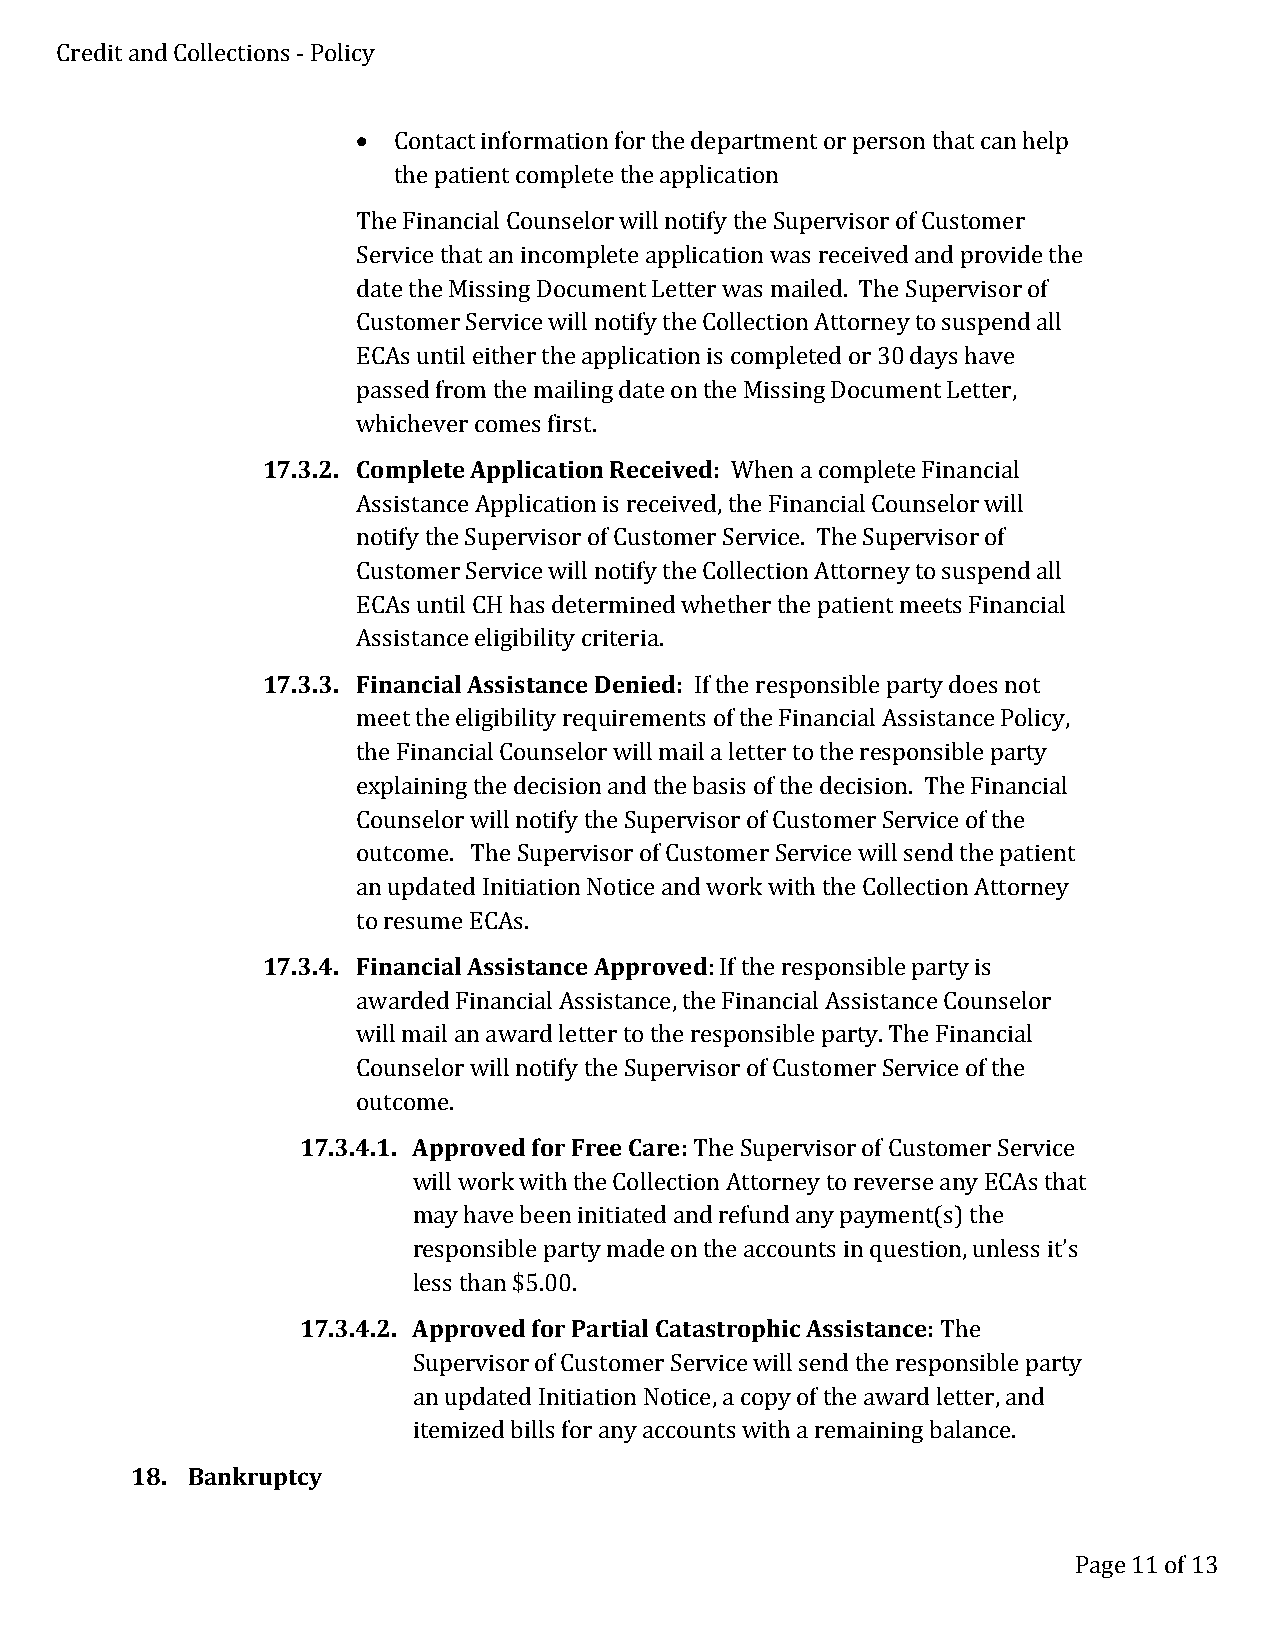
Credit and Collections - Policy
 • Contact information for the department or person that can help
 the patient complete the application
 The Financial Counselor will notify the Supervisor of Customer
 Service that an incomplete application was received and provide the
 date the Missing Document Letter was mailed. The Supervisor of
 Customer Service will notify the Collection Attorney to suspend all
 ECAs until either the application is completed or 30 days have
 passed from the mailing date on the Missing Document Letter,
 whichever comes first.
 17.3.2. Complete Application Received: When a complete Financial
 Assistance Application is received, the Financial Counselor will
 notify the Supervisor of Customer Service. The Supervisor of
 Customer Service will notify the Collection Attorney to suspend all
 ECAs until CH has determined whether the patient meets Financial
 Assistance eligibility criteria.
 17.3.3. Financial Assistance Denied: If the responsible party does not
 meet the eligibility requirements of the Financial Assistance Policy,
 the Financial Counselor will mail a letter to the responsible party
 explaining the decision and the basis of the decision. The Financial
 Counselor will notify the Supervisor of Customer Service of the
 outcome. The Supervisor of Customer Service will send the patient
 an updated Initiation Notice and work with the Collection Attorney
 to resume ECAs.
 17.3.4. Financial Assistance Approved: If the responsible party is
 awarded Financial Assistance, the Financial Assistance Counselor
 will mail an award letter to the responsible party. The Financial
 Counselor will notify the Supervisor of Customer Service of the
 outcome.
 17.3.4.1. Approved for Free Care: The Supervisor of Customer Service
 will work with the Collection Attorney to reverse any ECAs that
 may have been initiated and refund any payment(s) the
 responsible party made on the accounts in question, unless it’s
 less than $5.00.
 17.3.4.2. Approved for Partial Catastrophic Assistance: The
 Supervisor of Customer Service will send the responsible party
 an updated Initiation Notice, a copy of the award letter, and
 itemized bills for any accounts with a remaining balance.
 18. Bankruptcy
 Page 11 of 13